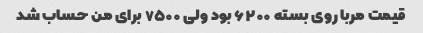
قیمت مربا روی بسته ۶۲۰۰ بود ولی ۷۵۰۰ برای من حساب شد